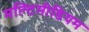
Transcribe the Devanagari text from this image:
मल्टिमीडियम